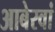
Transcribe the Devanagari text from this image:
आबेरवां